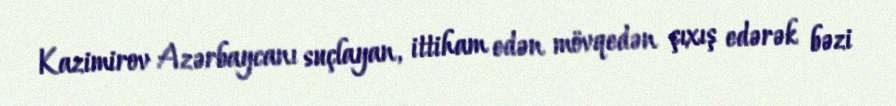
Kazimirov Azərbaycanı suçlayan, ittiham edən mövqedən çıxış edərək bəzi